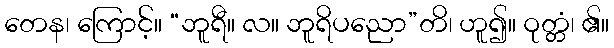
တေန၊ ကြောင့်။ “ဘူရီ။ လ။ ဘူရိပညော”တိ၊ ဟူ၍။ ဝုတ္တံ၊ ၏။